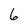
Character: 6